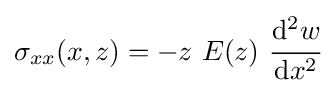
\sigma _{xx}(x,z)=-z~E(z)~{\cfrac {\mathrm {d} ^{2}w}{\mathrm {d} x^{2}}}